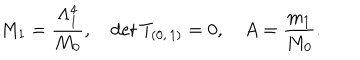
LaTeX: M _ { 1 } = \frac { \Lambda _ { 1 } ^ { 4 } } { M _ { 0 } } , \quad \mathrm { d e t } \, T _ { ( 0 , \, 1 ) } = 0 , \quad A = \frac { m _ { 1 } } { M _ { 0 } } .